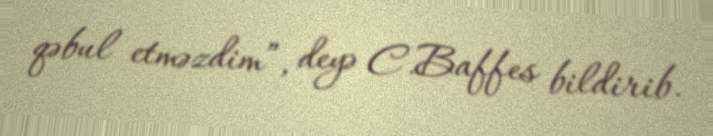
qəbul etməzdim”, deyə C.Baffes bildirib.